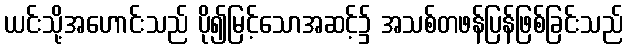
ယင်းသို့အဟောင်းသည် ပို၍မြင့်သောအဆင့်၌ အသစ်တဖန်ပြန်ဖြစ်ခြင်းသည်